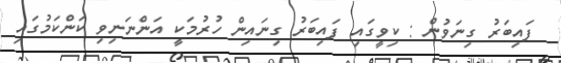
ފައިބަރު ގިނަވުން : ކިވީގައި ފައިބަރު ގިނައިން ހުރުމަކީ އަންނަނިވި ކަންކަމުގައި